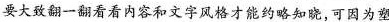
要大致翻一翻看看内容和文字风格才能约略知晓，可因为塑